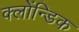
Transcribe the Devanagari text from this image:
क्लोंन्डिक